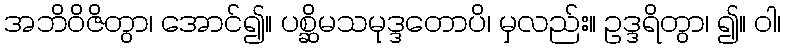
အဘိဝိဇိတွာ၊ အောင်၍။ ပစ္ဆိမသမုဒ္ဒတောပိ၊ မှလည်း။ ဥဒ္ဒရိတွာ၊ ၍။ ဝါ၊